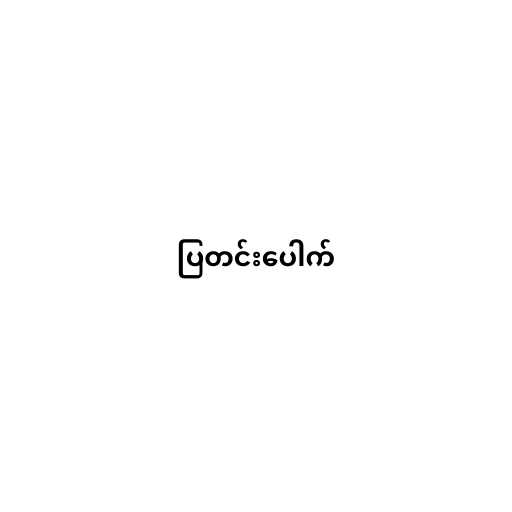
ပြတင်းပေါက်